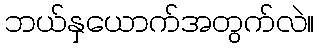
ဘယ်နှယောက်အတွက်လဲ။